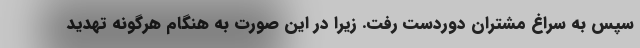
سپس به سراغ مشتران دوردست رفت. زیرا در این صورت به هنگام هرگونه تهدید